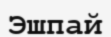
Эшпай